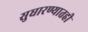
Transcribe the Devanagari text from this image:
सुधारण्यातही